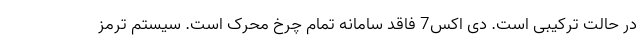
در حالت ترکیبی است. دی اکس7 فاقد سامانه تمام چرخ محرک است. سیستم ترمز